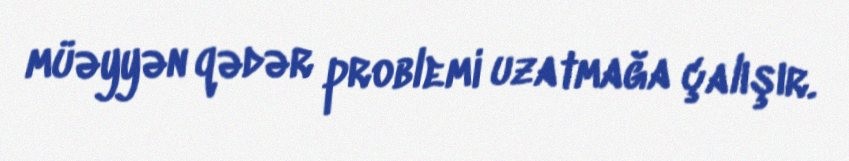
müəyyən qədər problemi uzatmağa çalışır.